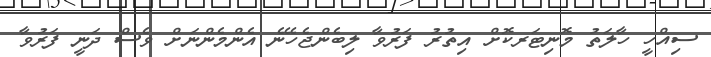
ސިއްހީ ހާލަތު މޮނިޓަރކޮށް އިތުރު ފަރުވާ ލިބެންޖެހޭނެ އެންމެންނަށް ވެސް ދަނީ ފަރުވާ